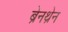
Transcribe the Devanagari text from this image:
ब्रेनथ्रेन